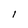
Character: l